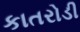
કાતરોડી